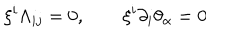
LaTeX: \xi ^ { i } \Lambda _ { i j } = 0 , \qquad \xi ^ { i } \partial _ { i } \theta _ { \alpha } = 0